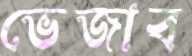
ভেজাব